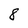
Character: 8